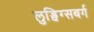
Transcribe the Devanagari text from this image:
लुड्विग्सबर्ग